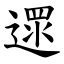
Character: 遝